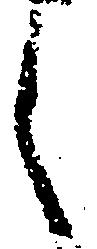
之